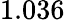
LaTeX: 1.036